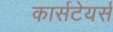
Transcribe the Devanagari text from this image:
कार्सटेयर्स